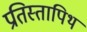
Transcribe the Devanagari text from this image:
प्रतिस्तापिथ